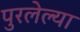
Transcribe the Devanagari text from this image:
पुरलेल्या